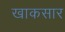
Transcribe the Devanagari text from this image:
खाकसार